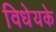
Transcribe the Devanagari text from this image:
विधेयके